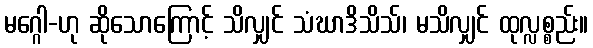
မဂ္ဂေါ-ဟု ဆိုသောကြောင့် သိလျှင် သံဃာဒိသိသ်၊ မသိလျှင် ထုလ္လစ္စည်း။